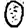
Digit: 0